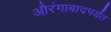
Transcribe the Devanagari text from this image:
औरंगाबादपर्यंत